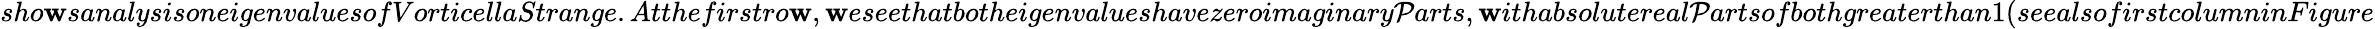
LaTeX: sho\mathbf{w}sanalysisoneigenvaluesofVorticellaStrange.Atthefirstro\mathbf{w},\mathbf{w}eseethatbotheigenvalueshavezeroimaginary\mathcal{P}arts,\mathbf{w}ithabsolutereal\mathcal{P}artsofbothgreaterthan1(seealsofirstcolumninFigure